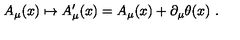
A _ { \mu } ( x ) \mapsto A _ { \mu } ^ { \prime } ( x ) = A _ { \mu } ( x ) + \partial _ { \mu } \theta ( x ) \ .